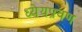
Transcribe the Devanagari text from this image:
ध्येयप्रवण